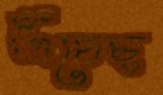
এঁচেছ